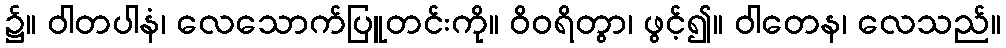
၌။ ဝါတပါနံ၊ လေသောက်ပြူတင်းကို။ ဝိဝရိတွာ၊ ဖွင့်၍။ ဝါတေန၊ လေသည်။